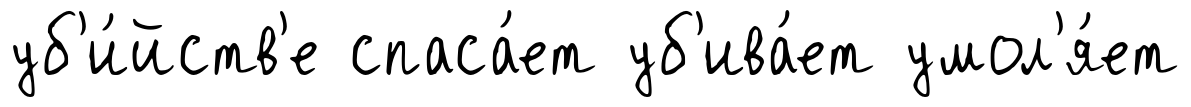
уб'и́йств'е спаса́ет уб'ива́ет умол'я́ет